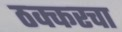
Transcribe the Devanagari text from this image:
ठक्करचा